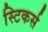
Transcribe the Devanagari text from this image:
स्टिकर्स